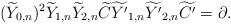
LaTeX: \begin{align*}(\widetilde{Y}_{0,n})^2 \widetilde{Y}_{1,n} \widetilde{Y}_{2,n} \widetilde{C} \widetilde{Y^\prime}_{1,n} \widetilde{Y^\prime}_{2,n} \widetilde{C^\prime} = \partial. \end{align*}